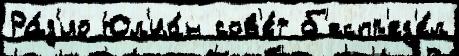
Ра́д'ио Юл'иа́н сов'е́т б'еспр'ед'е́л